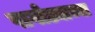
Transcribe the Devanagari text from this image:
पागोड्याच्या